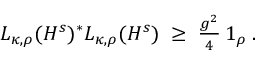
\begin{array} { r } { L _ { \kappa , \rho } ( H ^ { s } ) ^ { * } L _ { \kappa , \rho } ( H ^ { s } ) \; \geq \; \frac { g ^ { 2 } } { 4 } \, \boldsymbol { 1 } _ { \rho } \; . } \end{array}